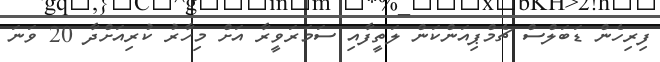
ފިރިހެން ޑަބަލްސް ޗެމްޕިއަންކަން ލަތީފާއިި ސަމަރަވީރާ އަށް މިހާރު ކުރިއަށްދާ 20 ވަނަ